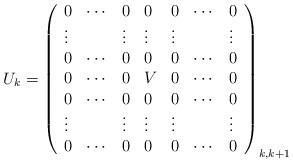
LaTeX: \begin{align*}U_{k}=\left( \begin{array}{lllllll}0 & \cdots & 0 & 0 & 0 & \cdots & 0 \\ \vdots & & \vdots & \vdots & \vdots & & \vdots \\ 0 & \cdots & 0 & 0 & 0 & \cdots & 0 \\ 0 & \cdots & 0 & V & 0 & \cdots & 0 \\ 0 & \cdots & 0 & 0 & 0 & \cdots & 0 \\ \vdots & & \vdots & \vdots & \vdots & & \vdots \\ 0 & \cdots & 0 & 0 & 0 & \cdots & 0\end{array}\right) _{k,k+1}\end{align*}